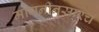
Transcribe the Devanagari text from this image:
मागनीनुसारच